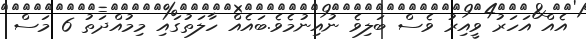
އެއް އަހަރު ވީއިރު ވެސް ބަލިވެ ނުއިނުމެވެ.ބައެއް ހާލަތުގައި މިމުއްދަތު 6 މަސް